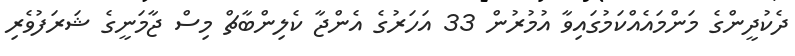
ދެކުދީންގެ މަންމައެއްކަމުގައިވާ އުމުރުން 33 އަހަރުގެ އެންޖާ ކެލިންބާޗް މިސް ޖާމަނީގެ ޝަރަފުވެރި